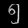
Digit: ၅